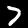
Digit: 7